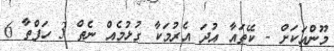
މޫންއަކަށް - ކޭތައާ އުދަ އެރުމަކާ ގުޅުމެއް ނެތް 3 ހަފްތާ 6